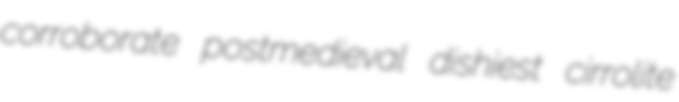
corroborate postmedieval dishiest cirrolite